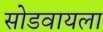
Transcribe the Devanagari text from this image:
सोडवायला